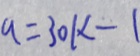
q = 3 0 k - 1